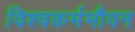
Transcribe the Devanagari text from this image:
विश्वकर्मभौवन